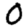
Digit: 0